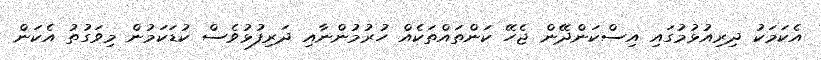
އެކަމަކު ދިރިއުޅުމުގައި އިސްކަންދޭން ޖެހޭ ކަންތައްތަކެއް ހުރުމުންނާއި ދަރިފުޅުވެސް ކުޑަކަމުން މިވަގުތު އެކަން